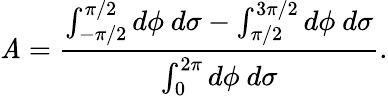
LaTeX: \mathit{A}=\frac{{\int_{-\pi/2}^{\pi/2}d\phi~d\sigma-\int_{\pi/2}^{3\pi/2}d\phi~d\sigma}}{{\int_{0}^{2\pi}d\phi~d\sigma}}.